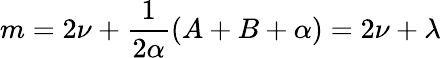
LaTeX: m=2\nu+\frac{1}{2\alpha}(A+B+\alpha)=2\nu+\lambda